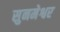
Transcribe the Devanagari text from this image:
सुनमेश्वर